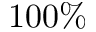
1 0 0 \%